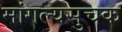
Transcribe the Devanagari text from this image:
मांगल्यसुचक